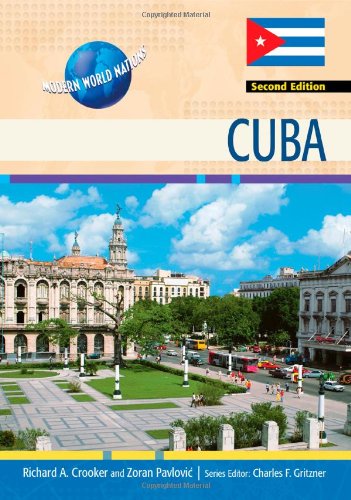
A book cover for Cuba (Modern World Nations); Richard A. Crooker; Teen & Young Adult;